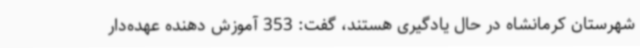
شهرستان کرمانشاه در حال یادگیری هستند، گفت: 353 آموزش دهنده عهده‌دار